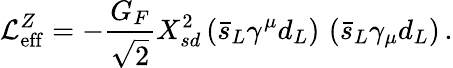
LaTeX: \mathcal{L}_{\mathrm{eff}}^{Z}=-\frac{G_{F}}{\sqrt 2}X_{sd}^{2}\left(\bar{s}_{L}\gamma^{\mu}d_{L}\right)\, \left(\bar{s}_{L}\gamma_{\mu}d_{L}\right)\, .